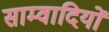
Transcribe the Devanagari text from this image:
साम्वादियों